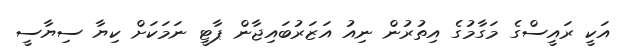
އަކީ ރައީސްގެ މަގާމުގެ އިތުރުން ނިއު އަޒަރުބައިޖާން ޕާޓީ ނަމަކަށް ކިޔާ ސިޔާސީ